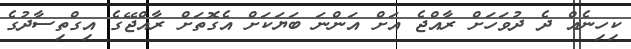
ކިހިނެއް ދެ ދުވަހަށް ރާއްޖެ އަށް އަންނަ ބަޔަކަށް އެގޮތަށް ރާއްޖޭގެ އިގްތިސާދުގެ